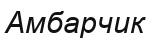
Амбарчик